65_HS1-834228961_62-HQ-83894_Section_7
Agency: FBI
Page 158
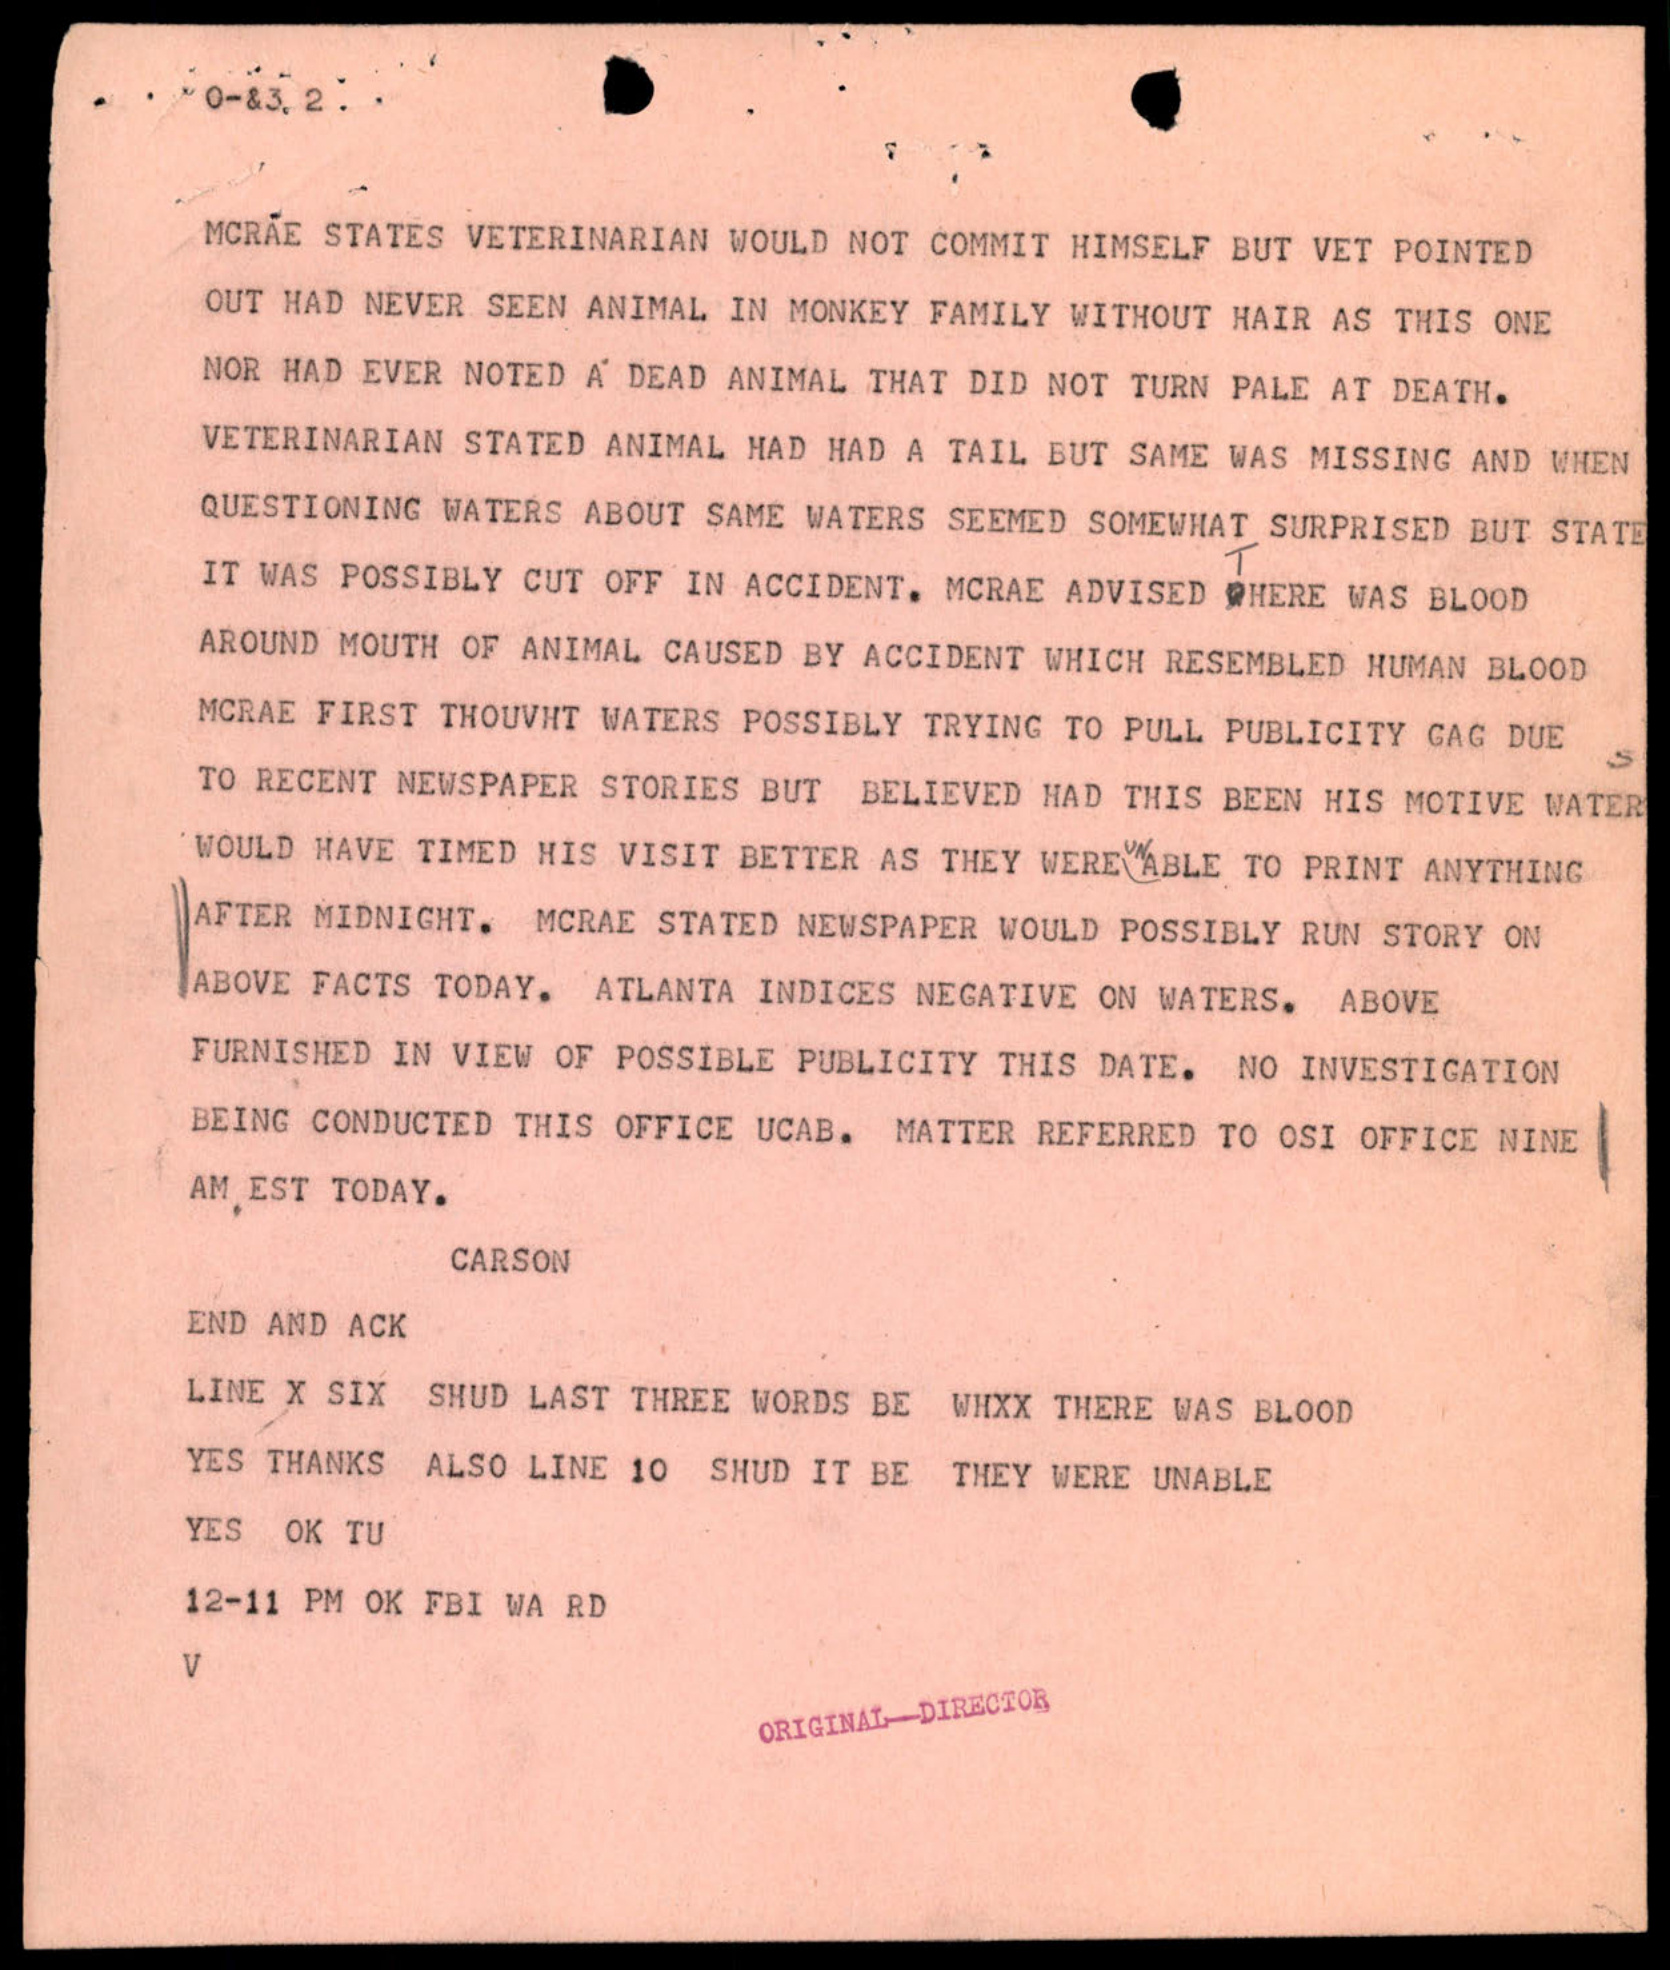